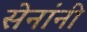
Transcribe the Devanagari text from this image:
सेनांनी